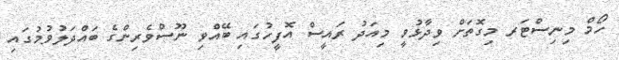
ހޯމް މިނިސްޓަރ މިގޮތަށް ވިދާޅުވީ މިއަދު ރައީސް އޮފީހުގައި ބޭއްވި ނޫސްވެރިންގެ ބައްދަލުވުމުގައި